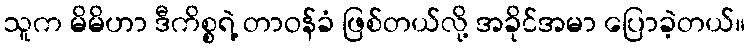
သူက မိမိဟာ ဒီကိစ္စရဲ့ တာဝန်ခံ ဖြစ်တယ်လို့ အခိုင်အမာ ပြောခဲ့တယ်။